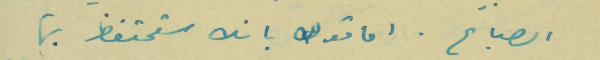
الصباح . اما قولك بانك ستحتفظ بها